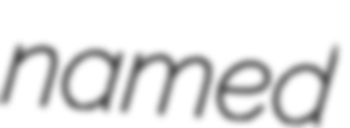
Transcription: named